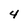
Character: 4